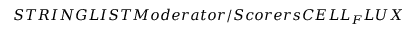
S T R I N G L I S T M o d e r a t o r / S c o r e r s C E L L _ { F } L U X